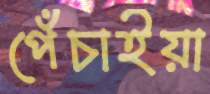
পেঁচাইয়া